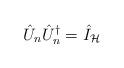
LaTeX: \begin{align*}\hat{U}_n\hat{U}_n^{\dagger }=\hat{I}_{\mathcal{H}}\end{align*}